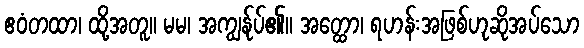
ဧဝံတထာ၊ ထို့အတူ။ မမ၊ အကျွန်ုပ်၏။ အတ္ထော၊ ရဟန်းအဖြစ်ဟုဆိုအပ်သော